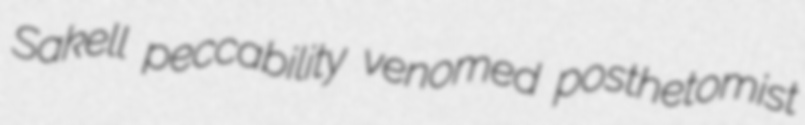
Sakell peccability venomed posthetomist